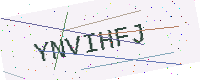
Text: YNVIHFJ